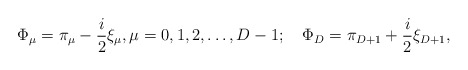
\begin{align*}\Phi_\mu =\pi_\mu-\frac{i}{2}\xi_\mu,\mu=0,1,2,\ldots,D-1;\quad \Phi_D =\pi_{D+1}+\frac{i}{2}\xi_{D+1},\\\end{align*}